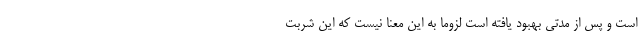
است و پس از مدتی بهبود یافته است لزوماً به این معنا نیست که این شربت